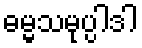
ဓမ္မသမုပ္ပါဒါ